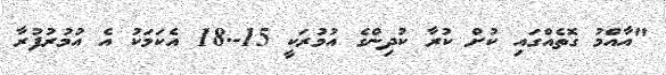
"އާއްމު ގޮތެއްގައި ކުށް ކުރާ ކުދިންގެ އުމުރަކީ 15-.18 އެކަމަކު އެ އުމުރުފުރާ